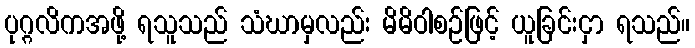
ပုဂ္ဂလိကအဖို့ ရသူသည် သံဃာမှလည်း မိမိဝါစဉ်ဖြင့် ယူခြင်းငှာ ရသည်။